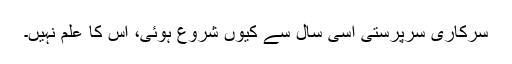
سرکاری سرپرستی اسی سال سے کیوں شروع ہوئی، اس کا علم نہیں۔